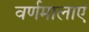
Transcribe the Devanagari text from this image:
वर्णमालाएं